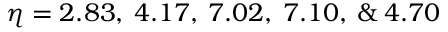
\eta = 2 . 8 3 , \: 4 . 1 7 , \: 7 . 0 2 , \: 7 . 1 0 , \: \& \: 4 . 7 0